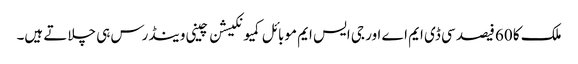
ملک کا 60 فیصد سی ڈی ایم اے اور جی ایس ایم موبائل کمیونکیشن چینی وینڈرس ہی چلاتے ہیں۔